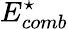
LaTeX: E_{comb}^{\star}